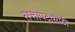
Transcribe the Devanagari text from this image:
सत्तापदासाठी